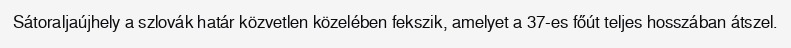
Sátoraljaújhely a szlovák határ közvetlen közelében fekszik, amelyet a 37-es főút teljes hosszában átszel.